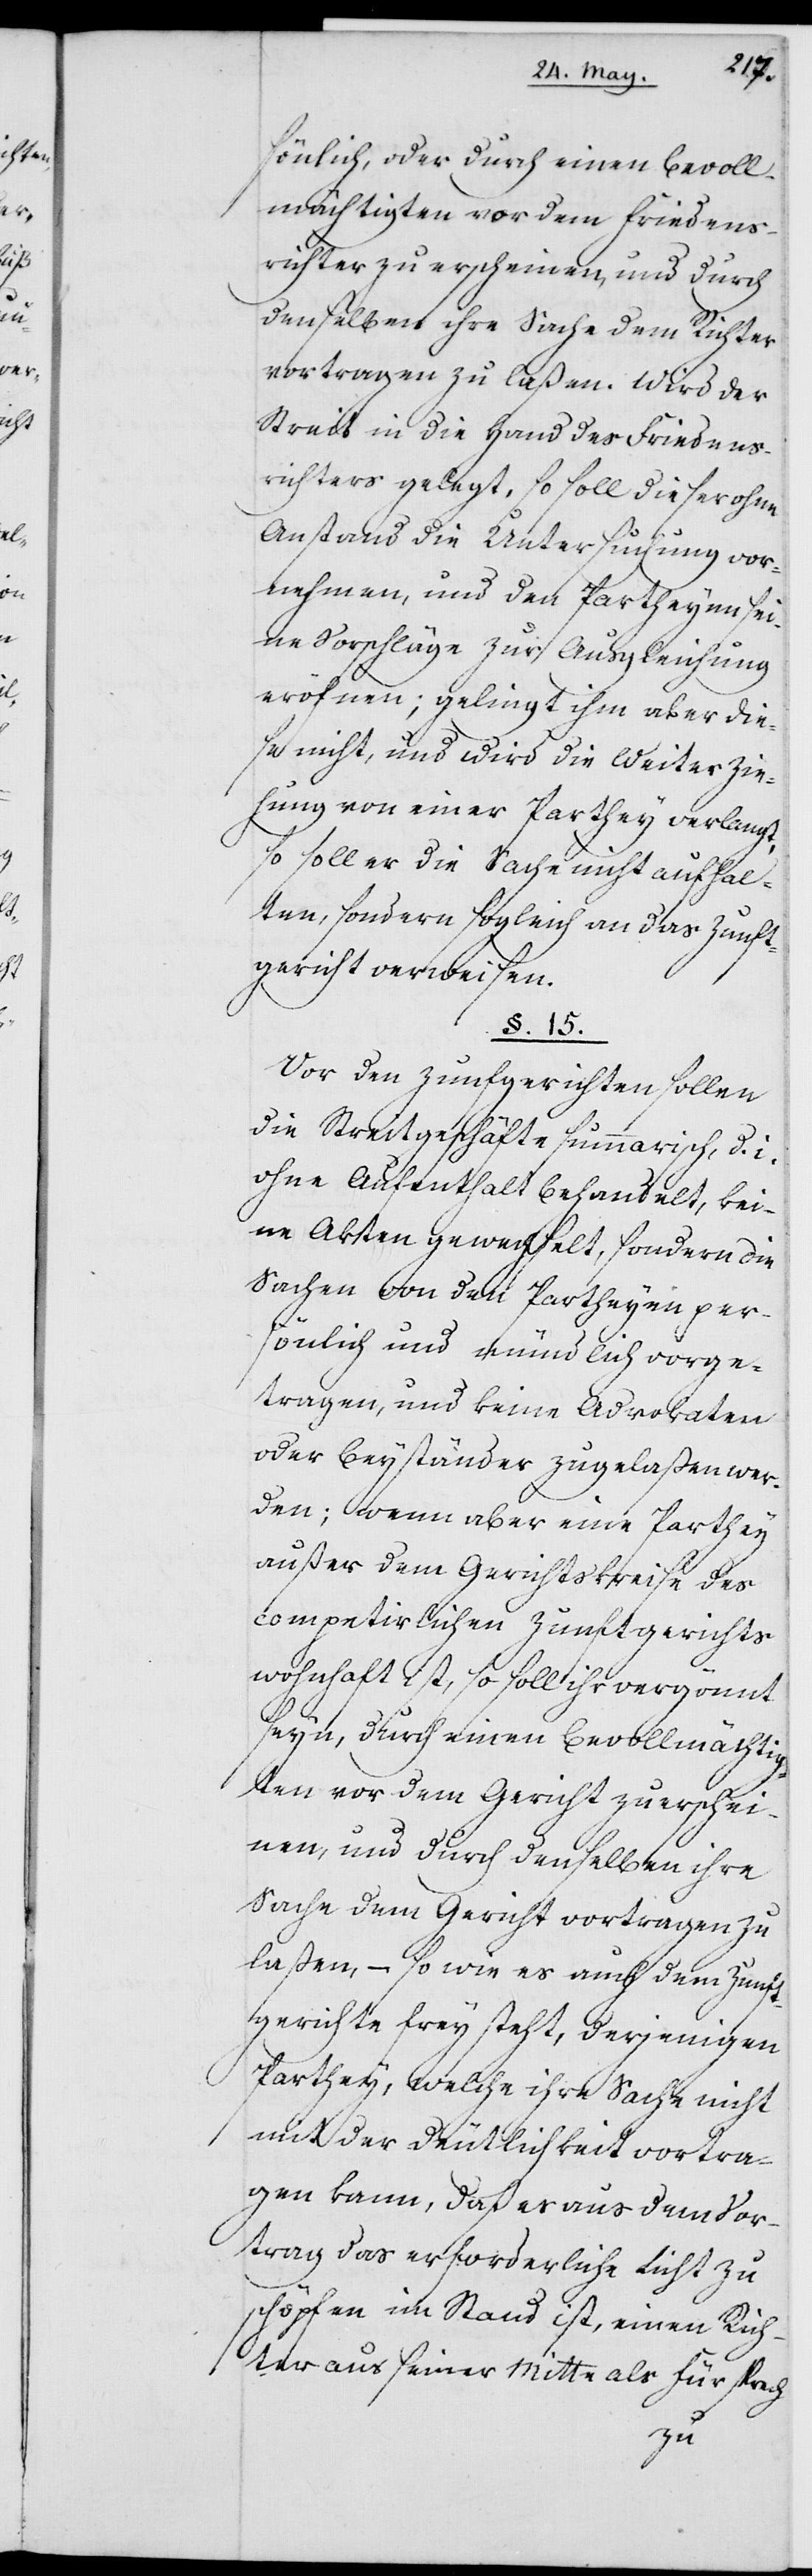
sönlich, oder durch einen Bevoll¬
mächtigen vor dem Friedens¬
richter zu erscheinen, und durch
denselben ihre Sache dem Richter
vortragen zu laßen. Wird der
Streit in die Hand des Friedens¬
richters gelegt, so soll dieser ohne
Anstand die Untersuchung vor¬
nehmen und den Partheyen sei¬
ne Vorschläge zur Ausgleichung
eröffnen; gelingt ihm aber die¬
se nicht, und wird die Weiterzie¬
hung von einer Parthey verlangt,
so soll der die Sache nicht aufhal¬
ten, sondern sogleich an das Zunft¬
gericht verweisen.
§. 15.
Vor den Zunfgerichten [sic!]
die Streitgeschäfte summarisch, d. i.
ohne Aufenthalt behandelt, kei¬
ne Akten gewechselt, sondern die
Sachen von den Partheyen per¬
sönlich und mündlich vorge¬
tragen, und kein Advokaten
oder Beyständer zugelaßen wer¬
den; wenn aber eine Parthey
außer dem Gerichtskreise des
competirlichen Zunftgerichts
wohnhaft ist, so soll ihr vergönnt
seyn, durch einen Bevollmächtig¬
en vor dem Gericht zu erschei¬
nen, und durch denselben ihre
Sache dem Gericht vortragen zu
laßen, – so wie es auch dem Zunft¬
gerichte frey steht, derjenigen
Parthey, welche ihre Sache nicht
mit der Deutlichkeit vortra¬
gen kann, daß es aus dem Vor¬
trag das erforderliche Licht zu
schöpfen im Stand ist, einen Rich¬
ter aus der Mitte als Fürsprech